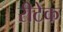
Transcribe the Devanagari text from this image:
रीटेक